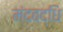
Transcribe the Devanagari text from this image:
मंदबद्धि